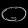
Digit: ၀